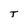
Character: J